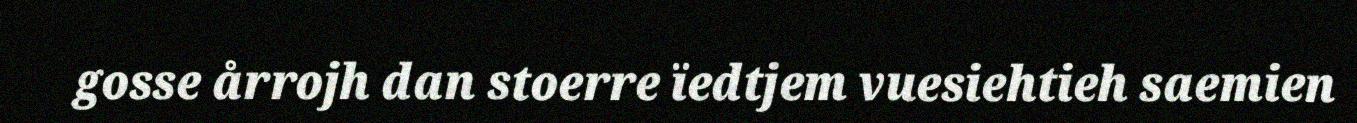
gosse årrojh dan stoerre ïedtjem vuesiehtieh saemien